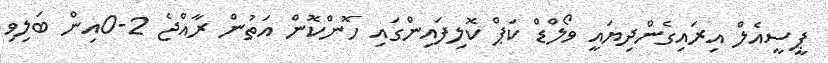
ޕީސީއެލް އިރައިގެންދިޔައީ ވޯލްޑް ކަޕް ކޮލިފައިންގައި ހޮންކޮން އަތުން ރާއްޖެ 2-0އިން ބަލިވި